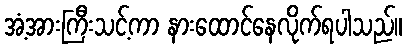
အံ့အားကြီးသင့်ကာ နားထောင်နေလိုက်ရပါသည်။